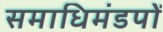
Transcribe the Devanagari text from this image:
समाधिमंडपों